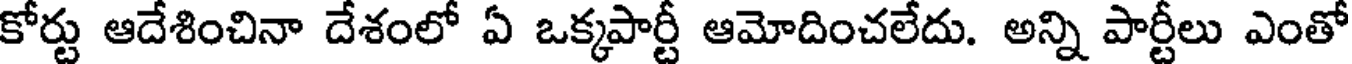
కోర్టు ఆదేశించినా దేశంలో ఏ ఒక్కపార్టీ ఆమోదించలేదు. అన్ని పార్టీలు ఎంతో